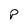
Character: P